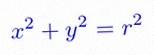
x^2+y^2=r^2